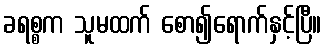
ခရစ္စက သူမထက် စော၍ရောက်နှင့်ပြီ။